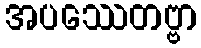
အပဿေတဗ္ဗာ